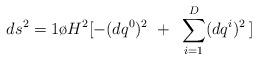
LaTeX: \begin{align*}ds^2 = {1\o {H^2} }[ - (dq^0)^2 ~+~ \sum_{i=1}^{D} (dq^i)^2 \, ]\end{align*}